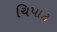
ચિપાટ